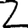
Digit: 2